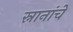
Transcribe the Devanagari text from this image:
स्नानांचे